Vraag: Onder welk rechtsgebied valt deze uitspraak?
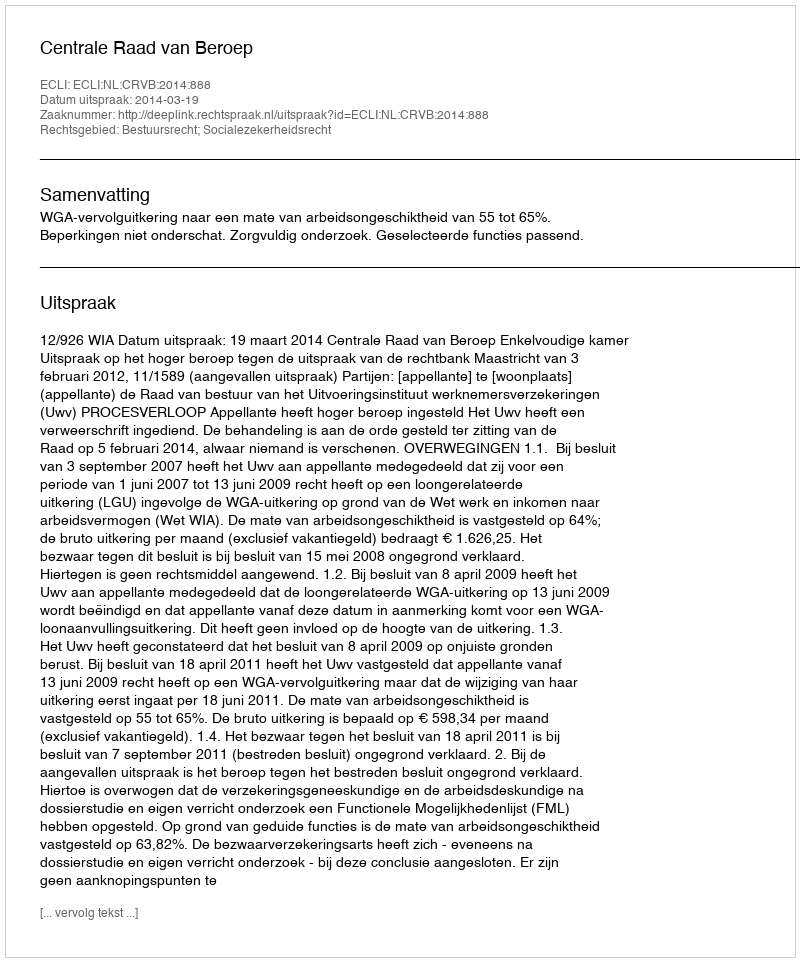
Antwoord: Bestuursrecht; Socialezekerheidsrecht